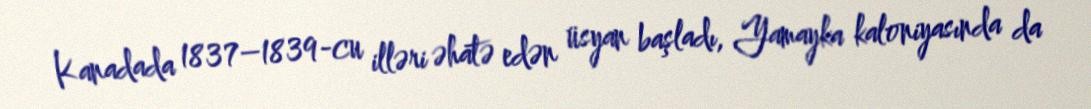
Kanadada 1837–1839-cu illəri əhatə edən üsyan başladı, Yamayka kaloniyasında da